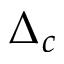
\Delta _ { c }